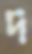
দ